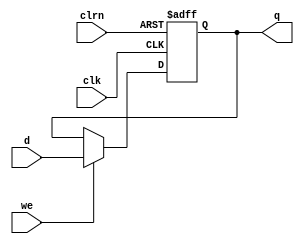
`timescale 1ns / 1ps

//////////////////////////////////////////////////////////////////////////////////

// Company: 

// Engineer: 

// 


// Design Name: 

// Module Name:    dff32 

// Project Name: 

// Target Devices: 

// Tool versions: 

// Description: 

//

// Dependencies: 

//

// Revision: 

// Revision 0.01 - File Created

// Additional Comments: 

//

//////////////////////////////////////////////////////////////////////////////////

module dff32_we(d,we,clk,clrn,q

    );

	 input [31:0] d;

	 input clk,clrn;

     input we;

	 output [31:0] q;

    reg [31:0] q;

    always @ (negedge clrn or posedge clk)

	 if(clrn==0)

	     begin

		      q<=0;

		  end

    else if(we!=0)

        begin		      

		      q<=d;

		end	 

endmodule